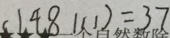
( 1 4 8 1 1 1 ) = 3 7